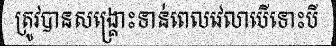
ត្រូវបានសង្គ្រោះទាន់ពេលវេលាបើទោះបី